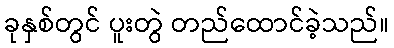
ခုနှစ်တွင် ပူးတွဲ တည်ထောင်ခဲ့သည်။